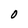
Character: O